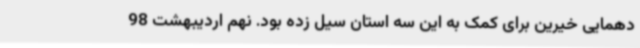
دهمایی خیرین برای کمک به این سه استان سیل زده بود. نهم اردیبهشت 98